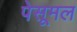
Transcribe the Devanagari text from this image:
पेसूमल